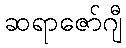
ဆရာဇော်ဂျီ